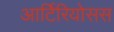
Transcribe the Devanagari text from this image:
आर्टिरियोसस